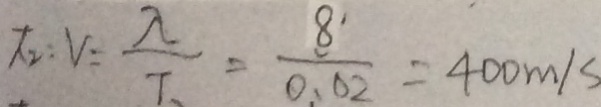
\sqrt { 2 } : V = \frac { \lambda } { T } = \frac { 8 } { 0 . 0 2 } = 4 0 0 m / s